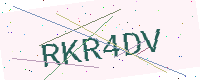
Text: RKR4DV